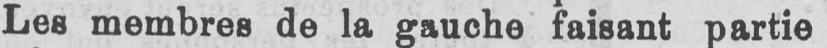
Les membres de la gauche faisant partie